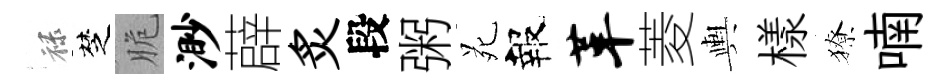
禄椘脆渺薜炙段粥苑報革菱輿樣獠喃